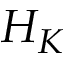
H _ { K }